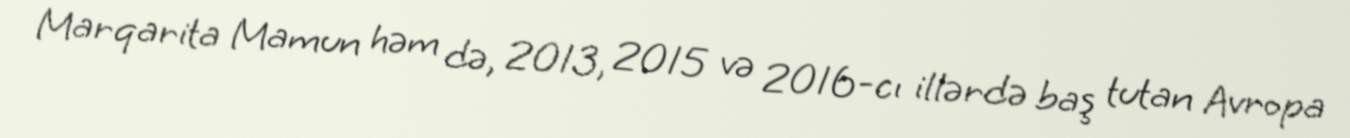
Marqarita Mamun həm də, 2013, 2015 və 2016-cı illərdə baş tutan Avropa